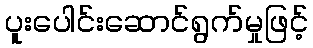
ပူးပေါင်းဆောင်ရွက်မှုဖြင့်